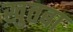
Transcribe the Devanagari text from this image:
ख़ुतबा